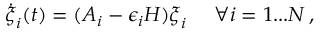
\dot { \boldsymbol { \xi } } _ { i } ( t ) = ( A _ { i } - \epsilon _ { i } H ) \boldsymbol { \xi } _ { i } \quad \, \, \forall i = 1 . . . N \, ,